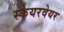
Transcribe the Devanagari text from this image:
स्केयरवेयर